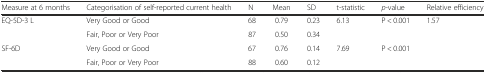
<table><thead><tr><td><b>Measure at 6 months</b></td><td><b>Categorisation of self-reported current health</b></td><td><b>N</b></td><td><b>Mean</b></td><td><b>SD</b></td><td><b>t-statistic</b></td><td><b><i>p</i>-value</b></td><td><b>Relative efficiency</b></td></tr></thead><tbody><tr><td>EQ-5D-3 L</td><td>Very Good or Good</td><td>68</td><td>0.79</td><td>0.23</td><td rowspan="2">6.13</td><td rowspan="2">P &lt; 0.001</td><td rowspan="4">1.57</td></tr><tr><td></td><td>Fair, Poor or Very Poor</td><td>87</td><td>0.50</td><td>0.34</td></tr><tr><td>SF-6D</td><td>Very Good or Good</td><td>67</td><td>0.76</td><td>0.14</td><td rowspan="2">7.69</td><td rowspan="2">P &lt; 0.001</td></tr><tr><td></td><td>Fair, Poor or Very Poor</td><td>88</td><td>0.60</td><td>0.12</td></tr></tbody></table>